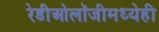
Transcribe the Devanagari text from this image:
रेडीओलॉजीमध्येही